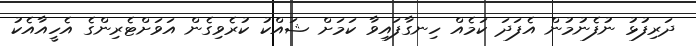
ދަރިފުޅު ނުފެނުމުން އެފަދަ ކަމެއް ހިނގާފައިވާ ކަމަށް ޝައްކު ކުރެވިގެން އަވަށްޓެރިންގެ އެހީއާއެކު